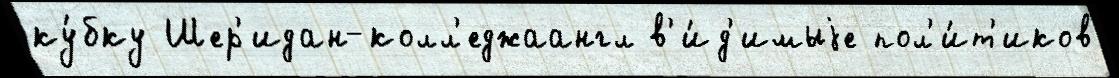
ку́бку Шер'идан-колл'еджаангл в'и́д'имыjе пол'и́т'иков